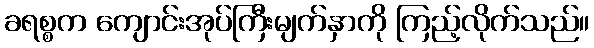
ခရစ္စက ကျောင်းအုပ်ကြီးမျက်နှာကို ကြည့်လိုက်သည်။